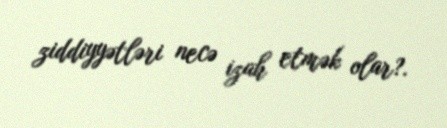
ziddiyyətləri necə izah etmək olar?.